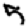
Digit: 5